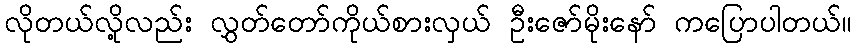
လိုတယ်လို့လည်း လွှတ်တော်ကိုယ်စားလှယ် ဦးဇော်မိုးနော် ကပြောပါတယ်။